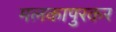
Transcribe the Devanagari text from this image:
मलकापुरकर